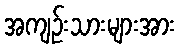
အကျဉ်းသားများအား